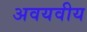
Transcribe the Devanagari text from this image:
अवयवीय